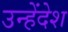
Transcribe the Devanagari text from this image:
उन्हेंदेश